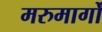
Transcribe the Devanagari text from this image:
मरुमार्गों